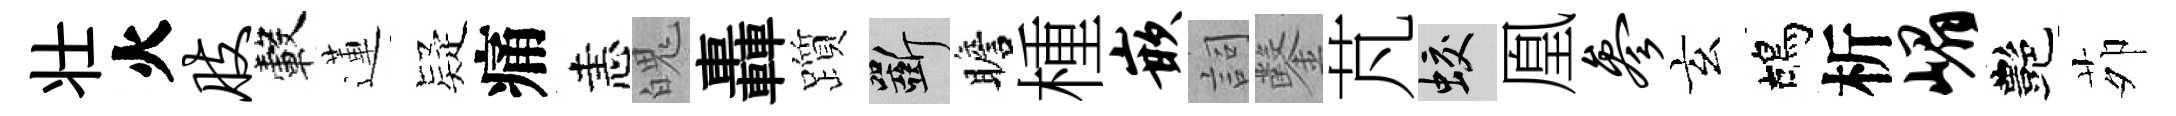
壮火肢轂蓮疑痛恚魄轟躓斫瞻㮔嵌詞鑿芃蛟凰参玄鴣析嵋艷茆